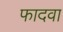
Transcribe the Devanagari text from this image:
फादवा